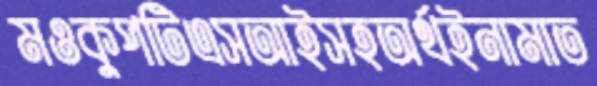
মওকুপটিএসআইসহঅর্থইনামাত